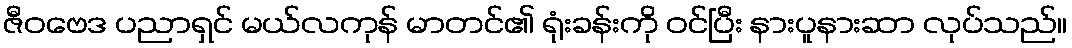
ဇီဝဗေဒ ပညာရှင် မယ်လကုန် မာတင်၏ ရုံးခန်းကို ဝင်ပြီး နားပူနားဆာ လုပ်သည်။